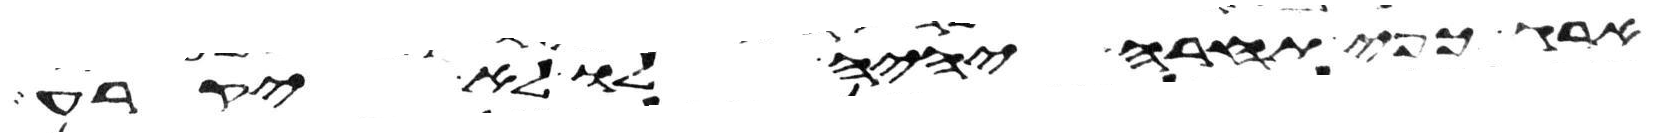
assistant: ארג כפי תחרא יהיה לו לא יקרע